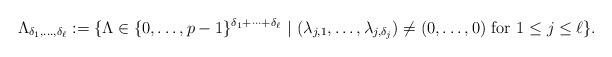
LaTeX: \begin{align*} \Lambda_{\delta_1, \ldots, \delta_{\ell}} := \{ \Lambda \in \{0, \ldots, p-1\}^{ \delta_1 + \cdots + \delta_{\ell}}~ |~ (\lambda_{j,1}, \ldots, \lambda_{j, \delta_j}) \neq (0, \ldots, 0) {\rm~for~} 1 \leq j \leq \ell \}.\end{align*}